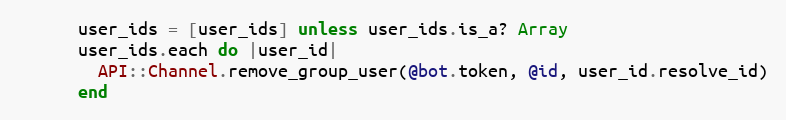
Language: Ruby
      user_ids = [user_ids] unless user_ids.is_a? Array
      user_ids.each do |user_id|
        API::Channel.remove_group_user(@bot.token, @id, user_id.resolve_id)
      end